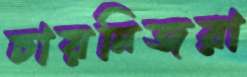
চায়নিজরা